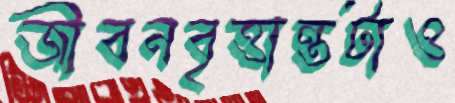
জীবনবৃত্তান্তটাও